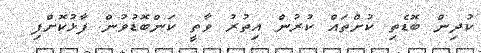
ކުދިން ބޮޑެތި ކުށްތައް ކުރުން އިތުރު ވާތީ ކަންބޮޑުވުން ފާޅުކޮށްފި